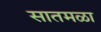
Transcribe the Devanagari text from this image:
सातमळा